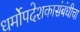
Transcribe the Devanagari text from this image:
धर्मोपदेशकासंबंधीचा